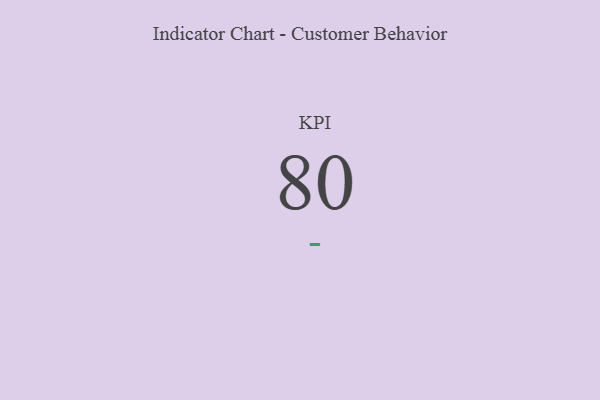
{"axis": {"x": "KPI", "y": "Value"}, "legend": [""], "data": [{"x": "KPI", "y": 80, "type": ""}]}